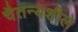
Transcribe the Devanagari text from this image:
चैतन्यशील